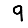
Digit: 9